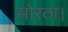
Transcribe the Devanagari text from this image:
सोरठा।